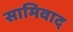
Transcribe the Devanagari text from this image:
सामिवाद